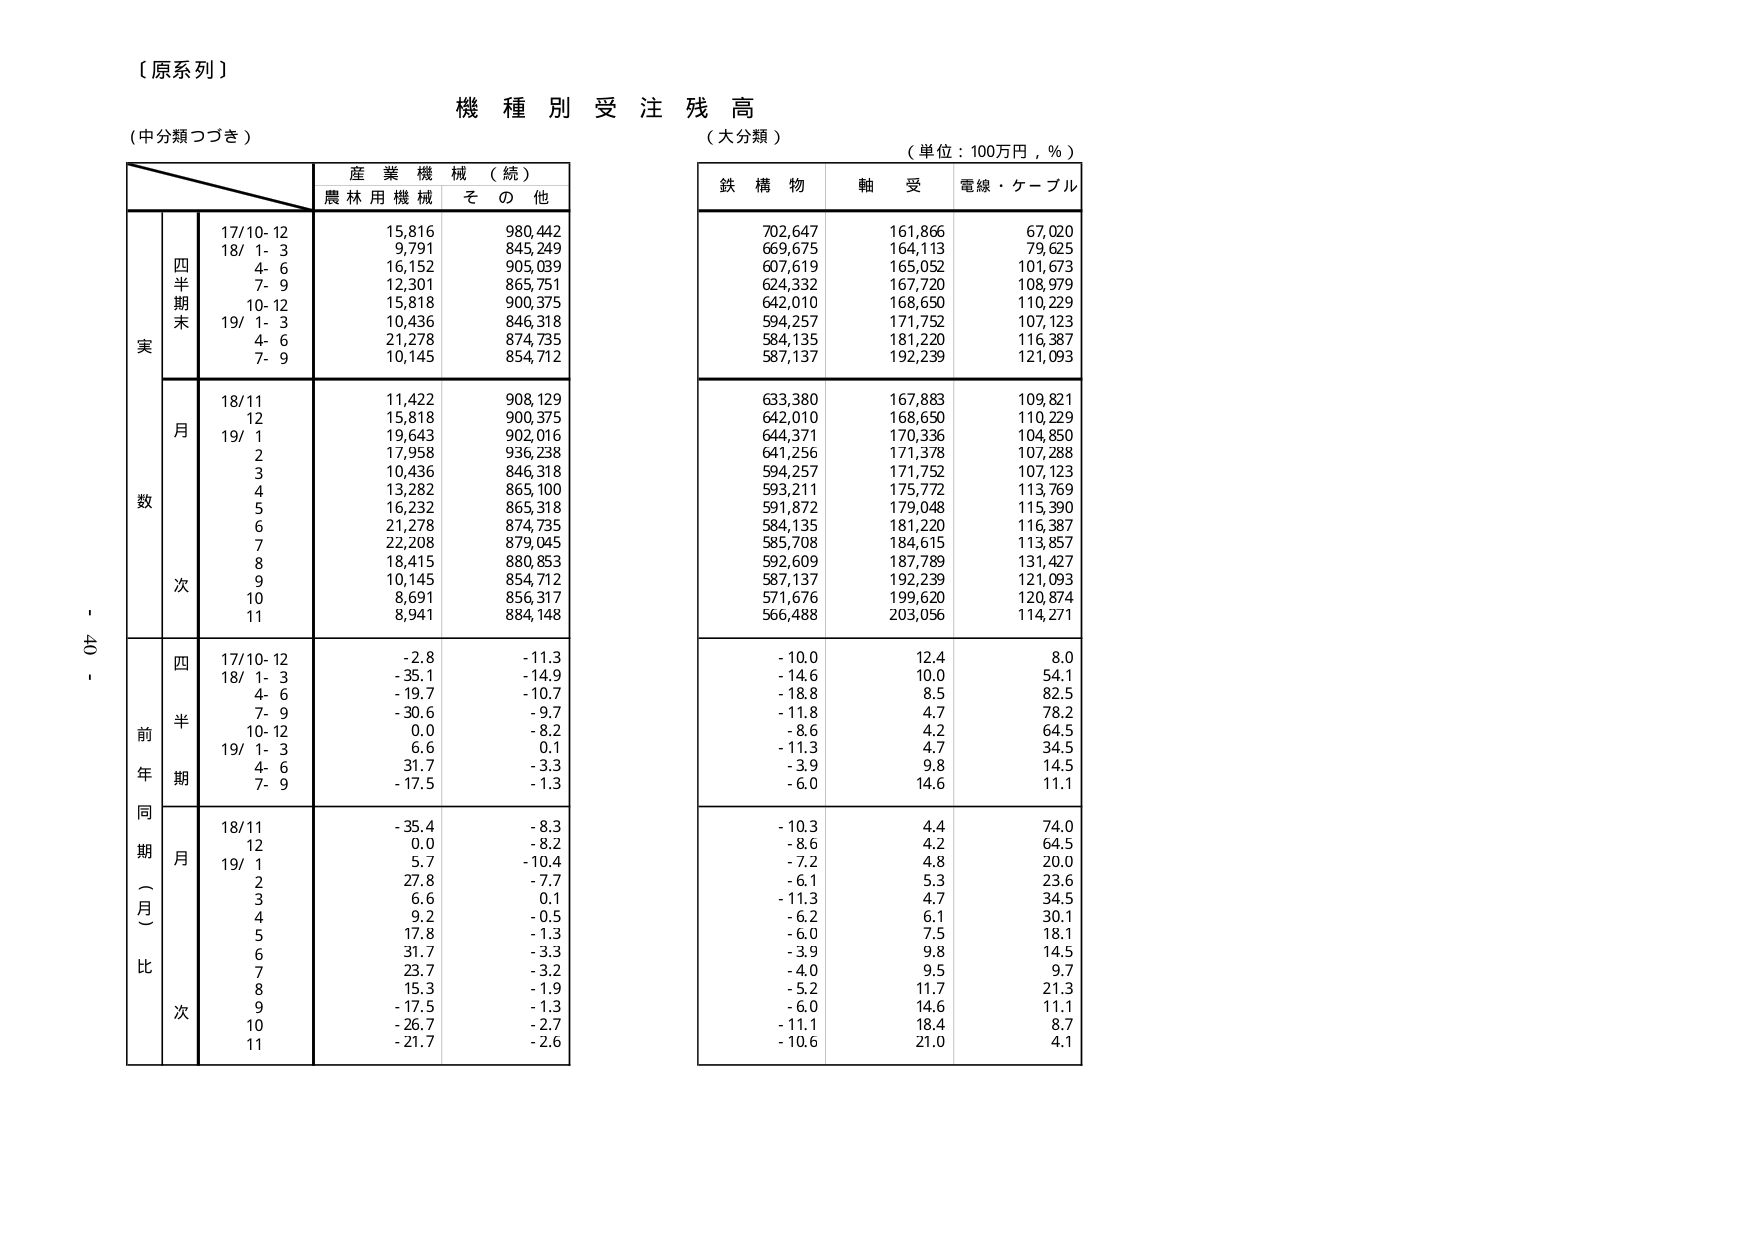
【原系列】
機種別受注残高
（中分類つづき）
（大分類）
（単位：100万円，％）

産業機械（続）
農林用機械　その他

実
四半期末
17/10-12　　15,816　　980,442
18/ 1- 3　　9,791　　845,249
　4- 6　　16,152　　905,039
　7- 9　　12,301　　865,751
　10-12　　15,818　　900,375
19/ 1- 3　　10,436　　846,318
　4- 6　　21,278　　874,735
　7- 9　　10,145　　854,712

数
月
18/11　　11,422　　908,129
　12　　15,818　　900,375
19/ 1　　19,643　　902,016
　2　　17,958　　936,238
　3　　10,436　　846,318
　4　　13,282　　865,100
　5　　16,232　　865,318
　6　　21,278　　874,735
　7　　22,208　　879,045
　8　　18,415　　880,853
　9　　10,145　　854,712
　10　　8,691　　856,317
　11　　8,941　　884,148

前年同期（月）比
四半期
17/10-12　　-2.8　　-11.3
18/ 1- 3　　-35.1　　-14.9
　4- 6　　-19.7　　-10.7
　7- 9　　-30.6　　-9.7
　10-12　　0.0　　-8.2
19/ 1- 3　　6.6　　0.1
　4- 6　　31.7　　-3.3
　7- 9　　-17.5　　-1.3

月
18/11　　-35.4　　-8.3
　12　　0.0　　-8.2
19/ 1　　5.7　　-10.4
　2　　27.8　　-7.7
　3　　6.6　　0.1
　4　　9.2　　-0.5
　5　　17.8　　-1.3
　6　　31.7　　-3.3
　7　　23.7　　-3.2
　8　　15.3　　-1.9
　9　　-17.5　　-1.3
　10　　-26.7　　-2.7
　11　　-21.7　　-2.6

鉄構物　軸受　電線・ケーブル
702,647　　161,866　　67,020
669,675　　164,113　　79,625
607,619　　165,052　　101,673
624,332　　167,720　　108,979
642,010　　168,650　　110,229
594,257　　171,752　　107,123
584,135　　181,220　　116,387
587,137　　192,239　　121,093

633,380　　167,883　　109,821
642,010　　168,650　　110,229
644,371　　170,336　　104,850
641,256　　171,378　　107,288
594,257　　171,752　　107,123
593,211　　175,772　　113,769
591,872　　179,048　　115,390
584,135　　181,220　　116,387
585,708　　184,615　　113,857
592,609　　187,789　　131,427
587,137　　192,239　　121,093
571,676　　199,620　　120,874
566,488　　203,056　　114,271

-10.0　　12.4　　8.0
-14.6　　10.0　　54.1
-18.8　　8.5　　82.5
-11.8　　4.7　　78.2
-8.6　　4.2　　64.5
-11.3　　4.7　　34.5
-3.9　　9.8　　14.5
-6.0　　14.6　　11.1

-10.3　　4.4　　74.0
-8.6　　4.2　　64.5
-7.2　　4.8　　20.0
-6.1　　5.3　　23.6
-11.3　　4.7　　34.5
-6.2　　6.1　　30.1
-6.0　　7.5　　18.1
-3.9　　9.8　　14.5
-4.0　　9.5　　9.7
-5.2　　11.7　　21.3
-6.0　　14.6　　11.1
-11.1　　18.4　　8.7
-10.6　　21.0　　4.1

- 40 -